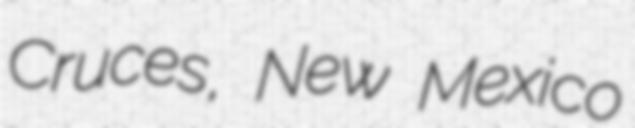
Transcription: Cruces, New Mexico